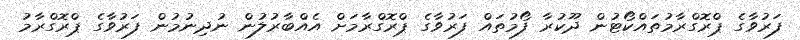
ފަރުވާގެ ޕްރޮގްރާމުތައްކޯޓުން ދޫކުރާ ފޯމުތައް ފަރުވާގެ ޕްރޮގްރާމަށް އެއްބާރުލުން ނުދިނުމުން ފަރުވާގެ ޕްރޮގްރާމު